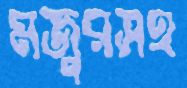
মজুরসহ